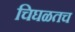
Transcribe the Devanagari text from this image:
चिघळतच